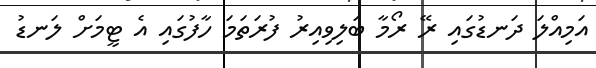
އަމިއްލަ ދަނޑުގައި ރޭ ރޯމާ ބަލިވިއިރު ފުރަތަމަ ހާފުގައި އެ ޓީމަށް ލަނޑު